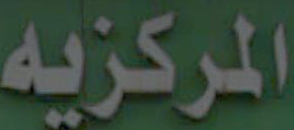
المركزيه